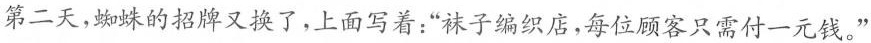
第二天，蜘蛛的招牌又换了，上面写着：“袜子编织店，每位顾客只需付一元钱。”